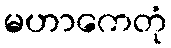
မဟာကေတုံ